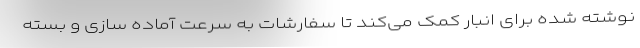
نوشته شده برای انبار کمک می‌کند تا سفارشات به سرعت آماده سازی و بسته